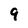
Character: 9